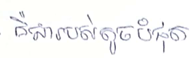
គឺជារបស់តូចបំផុត